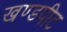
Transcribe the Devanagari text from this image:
खण्डपीट